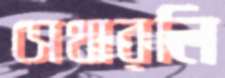
সেথারলি